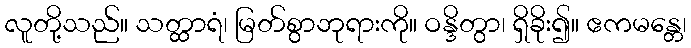
လူတို့သည်။ သတ္ထာရံ၊ မြတ်စွာဘုရားကို။ ဝန္ဒိတွာ၊ ရှိခိုး၍။ ဧကမန္တေ၊